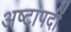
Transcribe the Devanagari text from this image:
अष्टापदीं